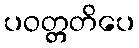
ပဝတ္တတိပေ